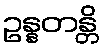
ဥန္နတန္တိ